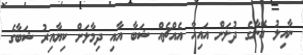
ނާއިލު އޭނާގެ ދުލަށް އައިހާ އެއްޗެއް ޝަބާ އާއި ދިމާލަށް ކިޔާއިރު ޝަބާގެ